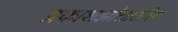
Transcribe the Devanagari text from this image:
प्रकाशझोतातील